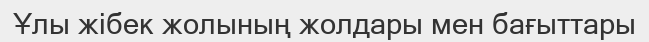
Ұлы жібек жолының жолдары мен бағыттары